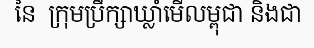
នៃ  ក្រុមប្រឹក្សាឃ្លាំមើលម្ពុជា និងជា